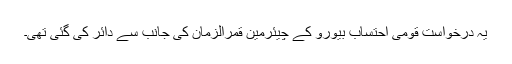
یہ درخواست قومی احتساب بیورو کے چیئرمین قمرالزمان کی جانب سے دائر کی گئی تھی۔